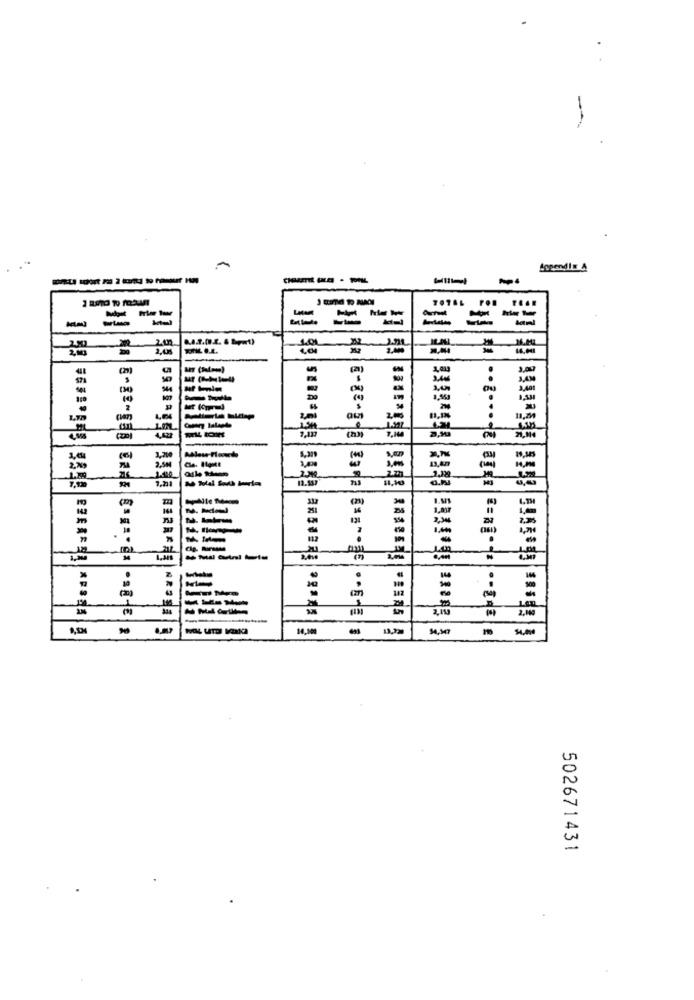
-
Lopendis A
---
-
Botml
200
2,00
-
--
LW
4,422
Cle. Ique
2,5
2,5M
7.201
134
.
=
Len
AROSE
....... | 1 | = · · ·· · ||
-
502671431